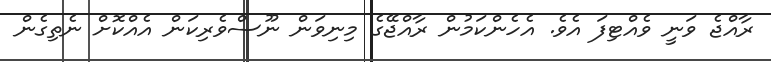
ރާއްޖެ ވަނީ ވެއްޓިފަ އެވެ. އެހެންކަމުން ރާއްޖޭގެ މިނިވަން ނޫސްވެރިކަން އެއްކޮށް ނެތިގެން